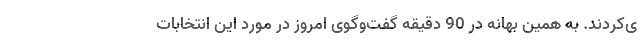
ی‌کردند. به همین بهانه در 90 دقیقه گفت‌وگوی امروز در مورد این انتخابات